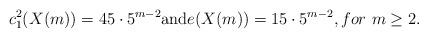
LaTeX: \begin{align*}c_1^2(X(m))=45 \cdot 5^{m-2} \textrm{and} e(X(m))=15 \cdot 5^{m-2}, for \ m \geq 2. \end{align*}